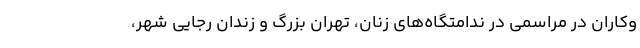
وکاران در مراسمی در ندامتگاه‌های زنان، تهران بزرگ و زندان رجایی شهر،